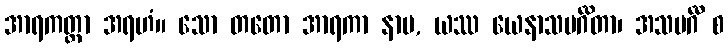
အာရကတ္တာ အရဟံ။ သော တတော အာရကာ နာမ, ယဿ ယေနာသမင်္ဂိတာ၊ အသမင်္ဂီ စ